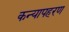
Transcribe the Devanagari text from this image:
कन्यापहरण